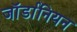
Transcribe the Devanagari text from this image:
जॉर्डानियन